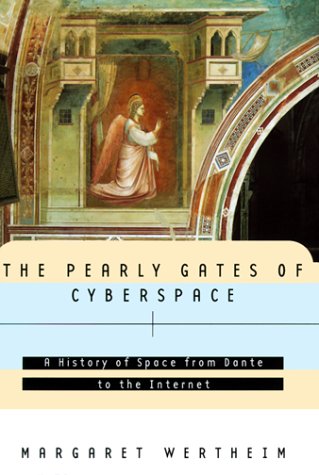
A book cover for The Pearly Gates of Cyberspace: A History of Space from Dante to the Internet; Margaret Wertheim; Politics & Social Sciences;